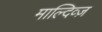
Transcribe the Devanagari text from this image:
माल्दिव्ज़